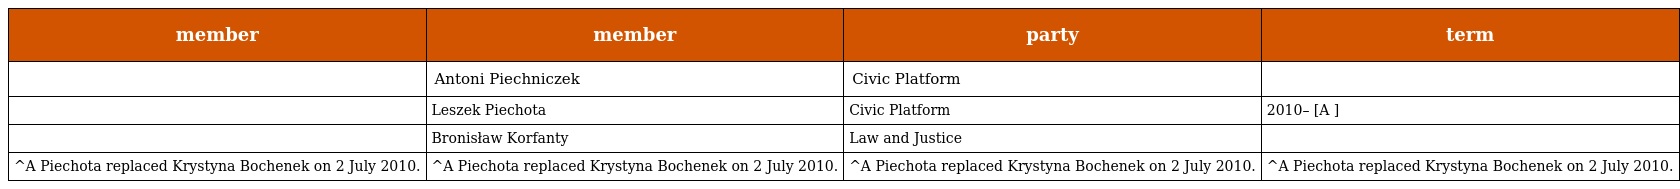
| member | member | party | term |
 | --- | --- | --- | --- |
 |  | Antoni Piechniczek | Civic Platform |  |
 |  | Leszek Piechota | Civic Platform | 2010– [A ] |
 |  | Bronisław Korfanty | Law and Justice |  |
 | ^A Piechota replaced Krystyna Bochenek on 2 July 2010. | ^A Piechota replaced Krystyna Bochenek on 2 July 2010. | ^A Piechota replaced Krystyna Bochenek on 2 July 2010. | ^A Piechota replaced Krystyna Bochenek on 2 July 2010. |